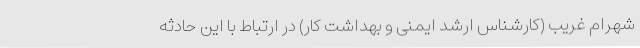
شهرام غریب (کارشناس ارشد ایمنی و بهداشت کار) در ارتباط با این حادثه